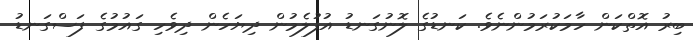
ބިރު އޮތްކަން ހާމަކުރަމުންނެވެ. ކަނޑުގެ ލޮނުގަނޑު އުފުލެމުން ދިޔަހެން ދިވެހި ގައުމުގެ ފަސްގަނޑު